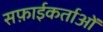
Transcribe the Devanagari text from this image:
सफ़ाईकर्ताओं